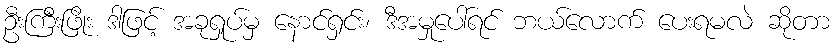
ဦးကြီးဖြိုး ဒါဖြင့် အခုရှုပ်မှ နောင်ရှင်း၊ ဒီအမှုပေါ်ရင် ဘယ်လောက် ပေးရမလဲ ဆိုတာ